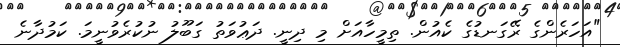
"އަހަރެންގެ ރޭގަނޑުގެ ކެއުން. ތިމީހާއަށް މި ދިނީ. ދަޢުވަތު ގަބޫލު ނުކުރެވުނީމަ. ކަމުދާނެ